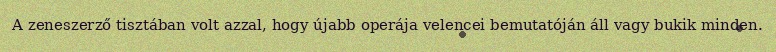
A zeneszerző tisztában volt azzal, hogy újabb operája velencei bemutatóján áll vagy bukik minden.